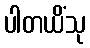
ပါတယိံသု